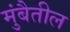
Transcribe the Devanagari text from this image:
मुंबैतील